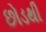
છોડથી